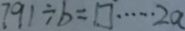
7 9 1 \div b = \square \cdots 2 a